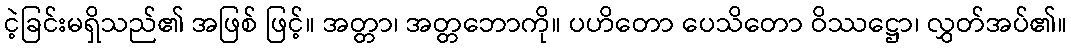
ငဲ့ခြင်းမရှိသည်၏ အဖြစ် ဖြင့်။ အတ္တာ၊ အတ္တဘောကို။ ပဟိတော ပေသိတော ဝိဿဋ္ဌော၊ လွှတ်အပ်၏။